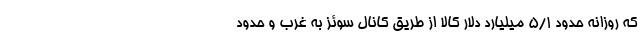
که روزانه حدود ۵/۱ میلیارد دلار کالا از طریق کانال سوئز به غرب و حدود